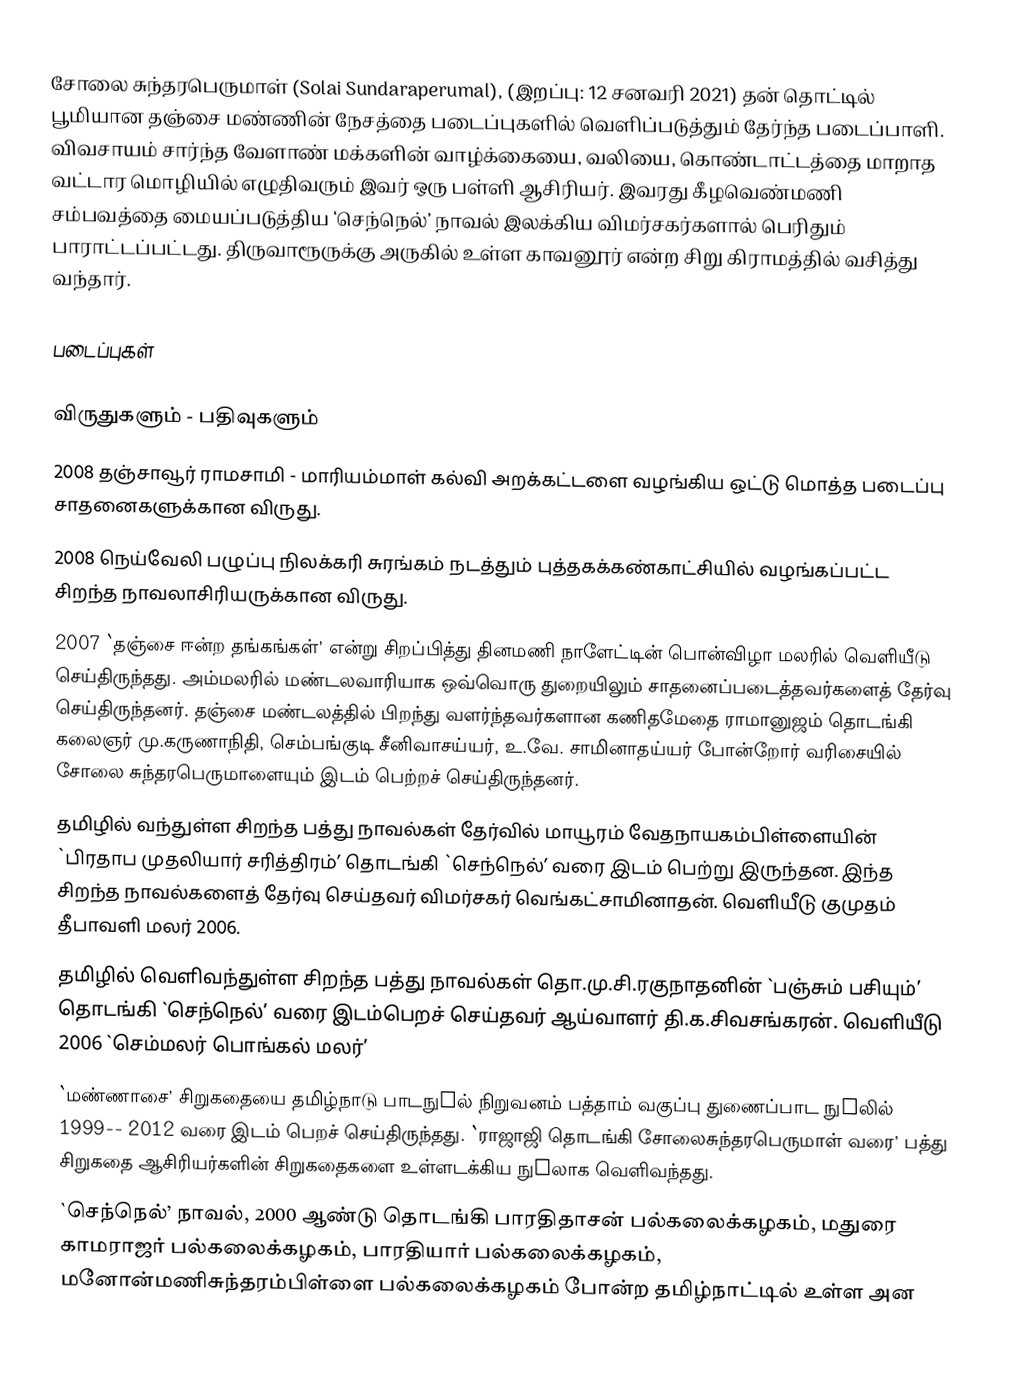
சோலை சுந்தரபெருமாள் (Solai Sundaraperumal), (இறப்பு: 12 சனவரி 2021) தன் தொட்டில் பூமியான தஞ்சை மண்ணின் நேசத்தை படைப்புகளில் வெளிப்படுத்தும் தேர்ந்த படைப்பாளி. விவசாயம் சார்ந்த வேளாண் மக்களின் வாழ்க்கையை, வலியை, கொண்டாட்டத்தை மாறாத வட்டார மொழியில் எழுதிவரும் இவர் ஒரு பள்ளி ஆசிரியர். இவரது கீழவெண்மணி சம்பவத்தை மையப்படுத்திய ‘செந்நெல்’ நாவல் இலக்கிய விமர்சகர்களால் பெரிதும் பாராட்டப்பட்டது. திருவாரூருக்கு அருகில் உள்ள காவனூர் என்ற சிறு கிராமத்தில் வசித்து வந்தார்.

படைப்புகள்

விருதுகளும் - பதிவுகளும்
 2008 தஞ்சாவூர் ராமசாமி - மாரியம்மாள் கல்வி அறக்கட்டளை வழங்கிய ஒட்டு மொத்த படைப்பு சாதனைகளுக்கான விருது.
 2008 நெய்வேலி பழுப்பு நிலக்கரி சுரங்கம்  நடத்தும் புத்தகக்கண்காட்சியில் வழங்கப்பட்ட சிறந்த நாவலாசிரியருக்கான விருது.
 2007 `தஞ்சை ஈன்ற தங்கங்கள்’ என்று சிறப்பித்து தினமணி நாளேட்டின் பொன்விழா மலரில் வெளியீடு செய்திருந்தது. அம்மலரில் மண்டலவாரியாக ஒவ்வொரு துறையிலும் சாதனைப்படைத்தவர்களைத் தேர்வு செய்திருந்தனர். தஞ்சை மண்டலத்தில் பிறந்து வளர்ந்தவர்களான கணிதமேதை ராமானுஜம் தொடங்கி கலைஞர் மு.கருணாநிதி, செம்பங்குடி சீனிவாசய்யர், உ.வே. சாமினாதய்யர் போன்றோர் வரிசையில்  சோலை சுந்தரபெருமாளையும் இடம் பெற்றச் செய்திருந்தனர்.
 தமிழில் வந்துள்ள சிறந்த பத்து நாவல்கள் தேர்வில் மாயூரம் வேதநாயகம்பிள்ளையின் `பிரதாப முதலியார் சரித்திரம்’ தொடங்கி `செந்நெல்’ வரை இடம் பெற்று இருந்தன. இந்த சிறந்த நாவல்களைத் தேர்வு செய்தவர் விமர்சகர் வெங்கட்சாமினாதன். வெளியீடு குமுதம் தீபாவளி மலர் 2006.
 தமிழில் வெளிவந்துள்ள சிறந்த பத்து நாவல்கள் தொ.மு.சி.ரகுநாதனின் `பஞ்சும் பசியும்’ தொடங்கி `செந்நெல்’ வரை இடம்பெறச் செய்தவர் ஆய்வாளர் தி.க.சிவசங்கரன். வெளியீடு 2006 `செம்மலர் பொங்கல் மலர்’
 `மண்ணாசை’ சிறுகதையை  தமிழ்நாடு பாடநுhல் நிறுவனம் பத்தாம் வகுப்பு துணைப்பாட நுhலில் 1999-- 2012 வரை இடம் பெறச் செய்திருந்தது. `ராஜாஜி தொடங்கி சோலைசுந்தரபெருமாள் வரை’ பத்து சிறுகதை ஆசிரியர்களின் சிறுகதைகளை உள்ளடக்கிய நுhலாக வெளிவந்தது.
 `செந்நெல்’ நாவல்,  2000 ஆண்டு  தொடங்கி	 பாரதிதாசன் பல்கலைக்கழகம், மதுரை காமராஜர் பல்கலைக்கழகம், பாரதியார் பல்கலைக்கழகம், மனோன்மணிசுந்தரம்பிள்ளை பல்கலைக்கழகம் போன்ற தமிழ்நாட்டில் உள்ள அன